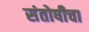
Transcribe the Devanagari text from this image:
संतोषीचा